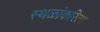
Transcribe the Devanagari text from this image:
स्थळांकरिता